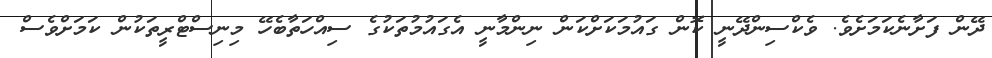
ދޭން ފަށާނެކަމަށެވެ. ވެކްސިންދޭނީ ކޮން ގައުމަކަށްކަން ނިންމާނީ އެގައުމުތަކުގެ ސިއްހަތާބެހޭ މިނިސްޓްރީތަކުން ކަމަށްވެސް